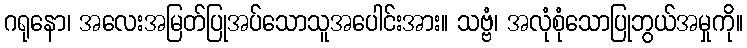
ဂရုနော၊ အလေးအမြတ်ပြုအပ်သောသူအပေါင်းအား။ သဗ္ဗံ၊ အလုံစုံသောပြုဘွယ်အမှုကို။